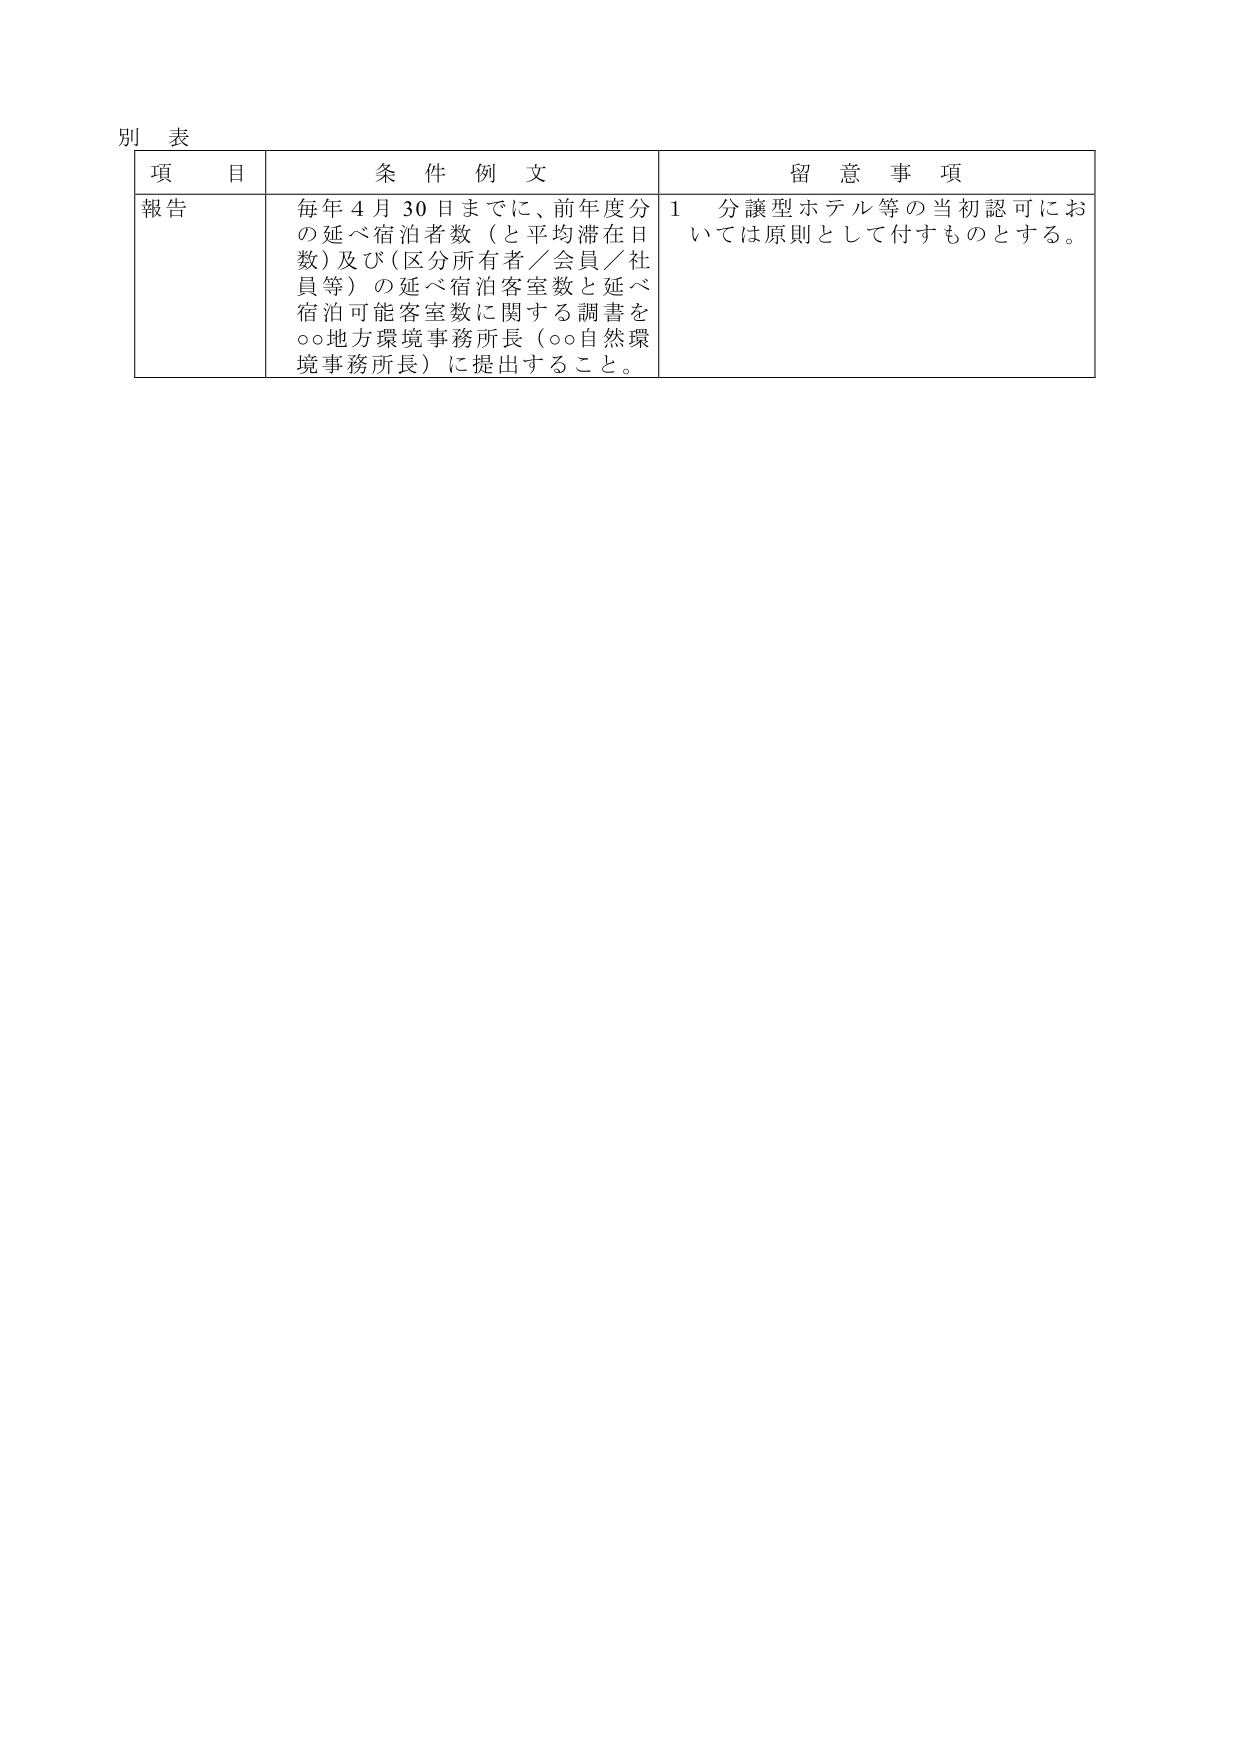
別 表

項 目　　　　　　　　条 件 例 文　　　　　　　　　　　　　　留 意 事 項

報告　　　　　　　　毎年４月３０日までに、前年度分　　　　１　分譲型ホテル等の当初認可にお
　　　　　　　　　　の延べ宿泊者数（と平均滞在日　　　　いては原則として付すものとする。
　　　　　　　　　　数）及び（区分所有者／会員／社
　　　　　　　　　　員等）の延べ宿泊客室数と延べ
　　　　　　　　　　宿泊可能客室数に関する調書を
　　　　　　　　　　○○地方環境事務所長（○○自然環
　　　　　　　　　　境事務所長）に提出すること。